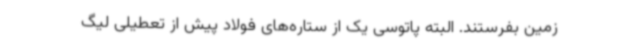
زمین بفرستند. البته پاتوسی یک از ستاره‌های فولاد پیش از تعطیلی لیگ